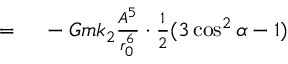
\begin{array} { r l } { = { } } & { { } - G m k _ { 2 } { \frac { A ^ { 5 } } { r _ { 0 } ^ { 6 } } } \cdot { \frac { 1 } { 2 } } ( 3 \cos ^ { 2 } \alpha - 1 ) } \end{array}